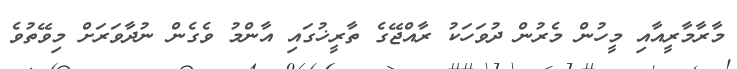
މާރާމާރީއާއި މީހުން މެރުން ދުވަހަކު ރާއްޖޭގެ ތާރީޚުގައި އާންމު ވެގެން ނުދާވަރަށް މިވޭތުވެ